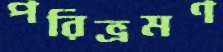
পরিভ্রমণ